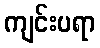
ကျင်းပရာ